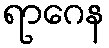
ရာဂေန